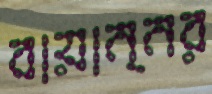
বায়ান্নর